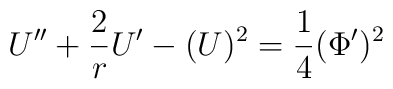
U'' + \frac{2}{r} U' - (U)^2 ={1\over 4} (\Phi ')^2